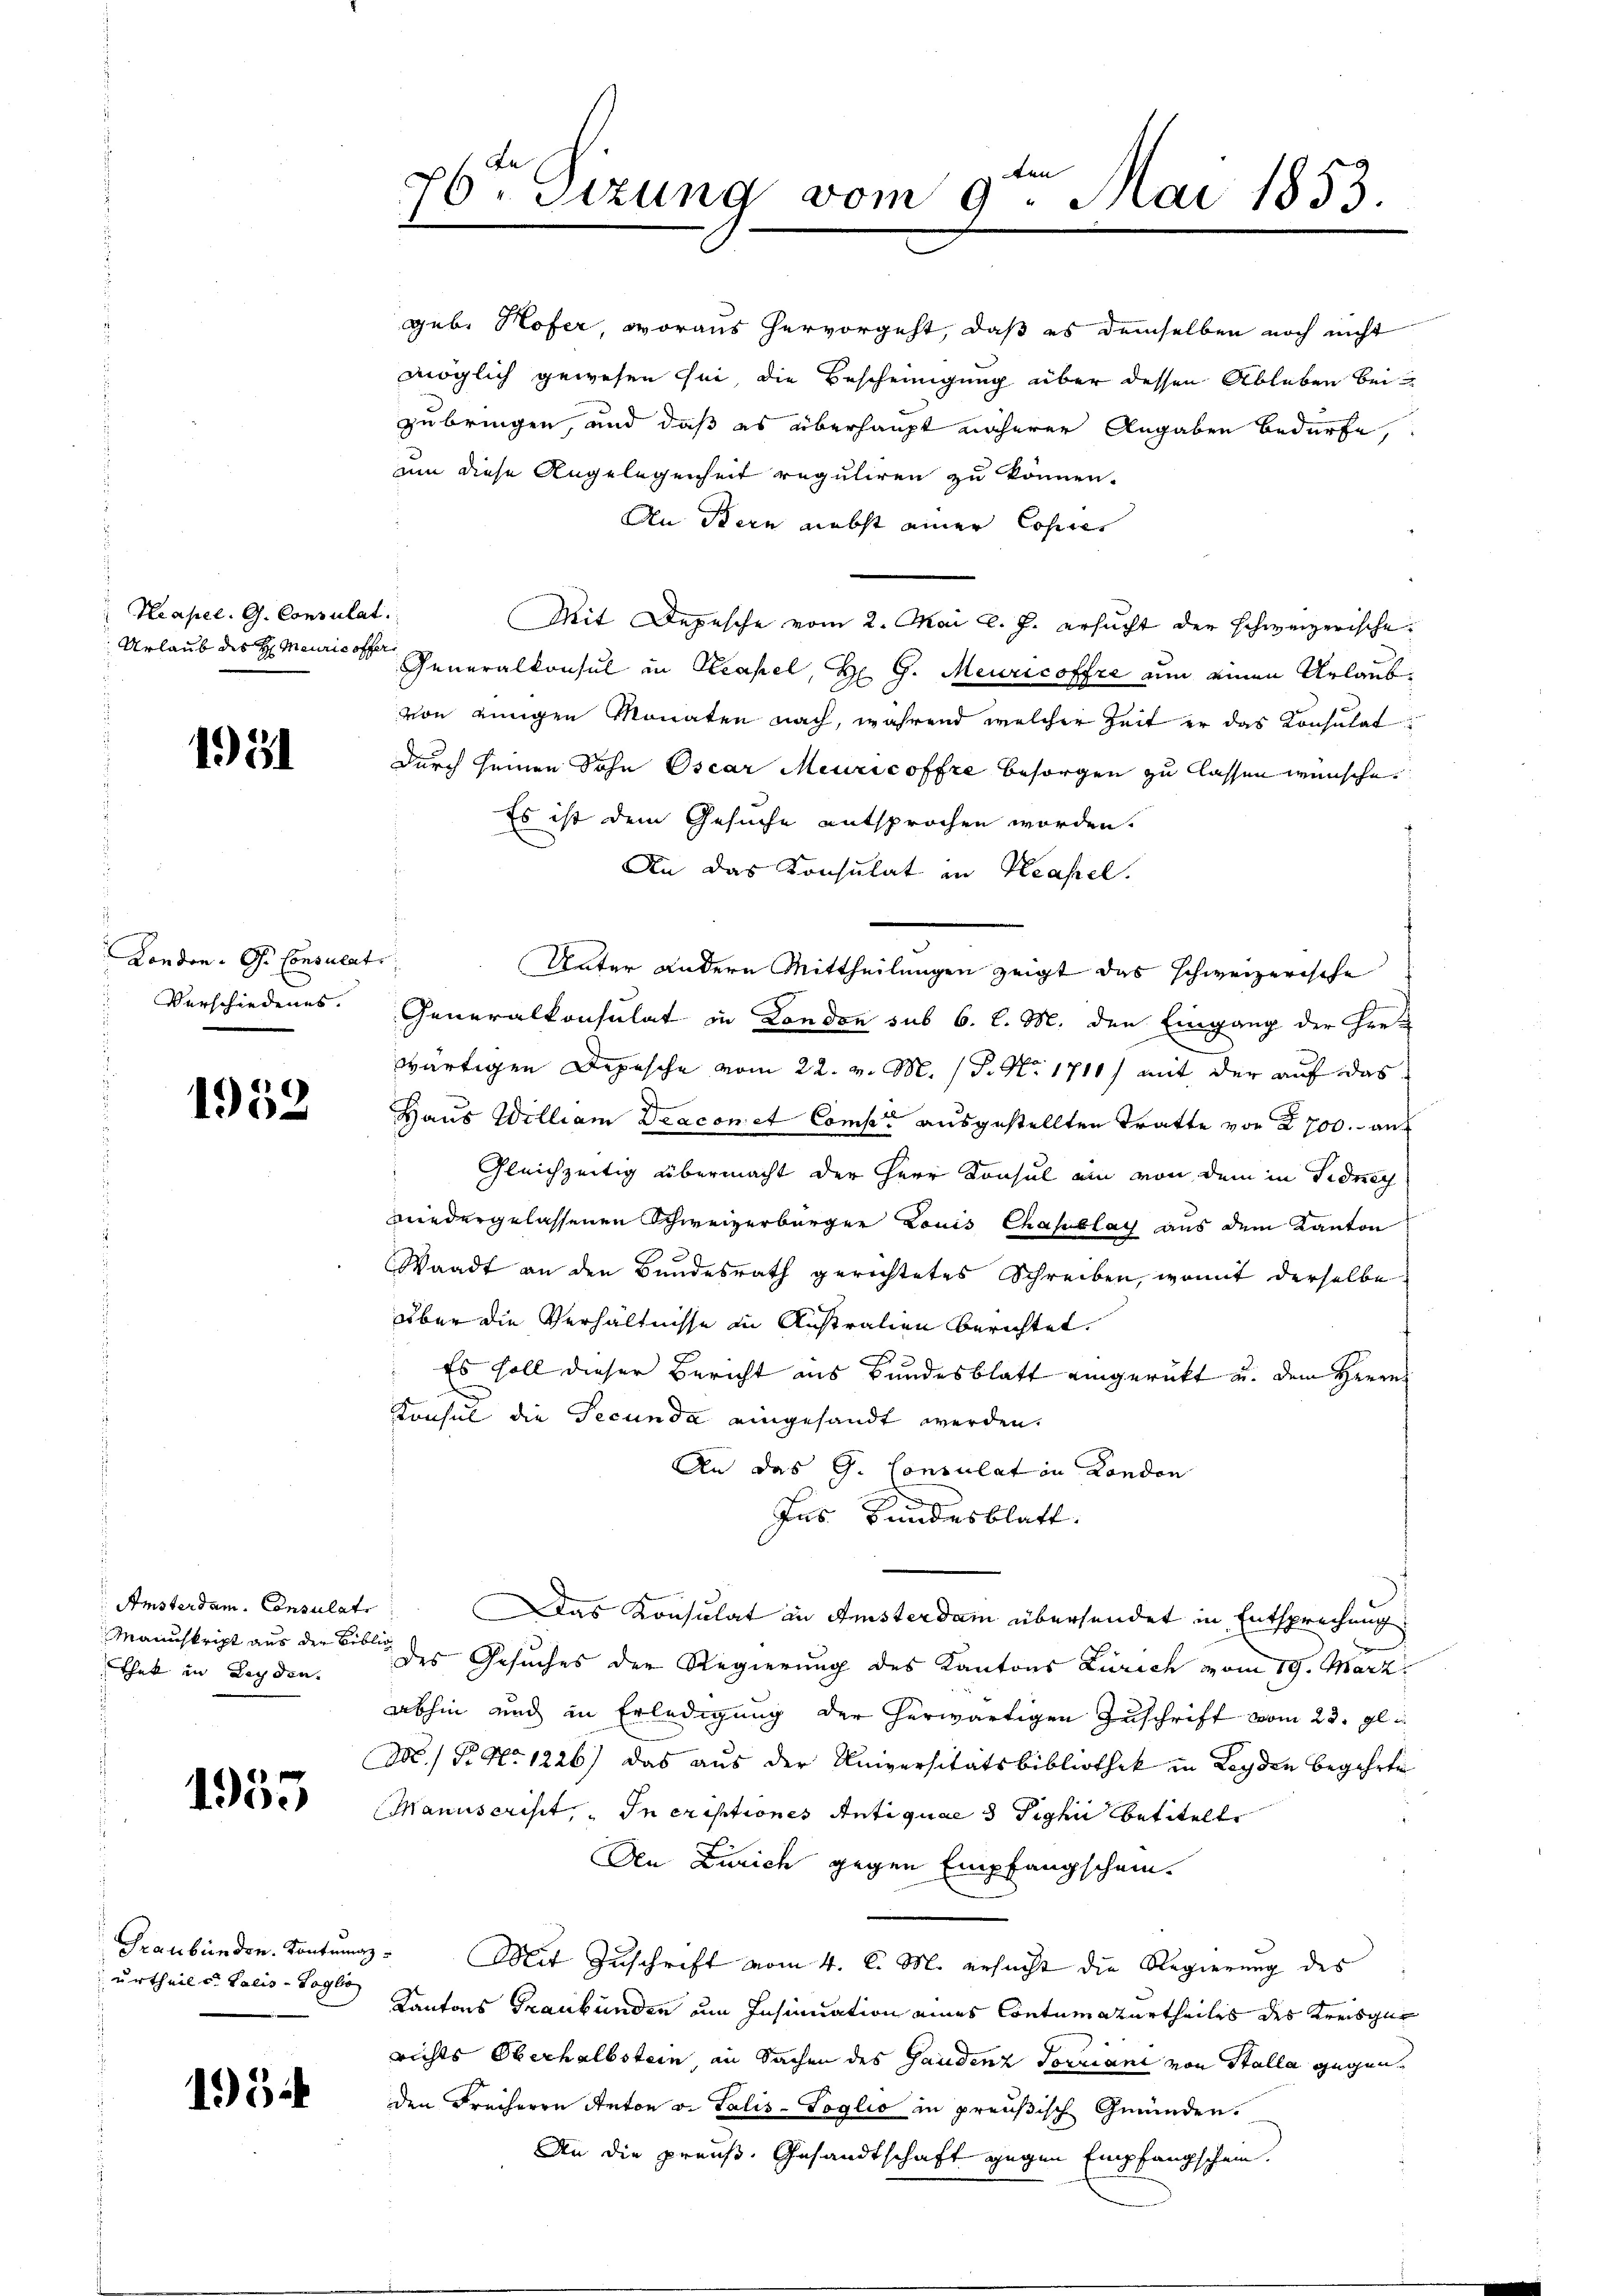
Neapel. G. Consula
Urlaub des H. Meuricoffer

1951

London. G. Consulat
Verschiedenes.

1953

Amsterdam. Consulat
Manuskript aus der Bibl.
That in Leyden.

1953

Graubünden. Kontum
urtheile. Palis-Soglio

195

ten
6ten Sizung vom 9. Mai 1853.
2

geb. Hofer, woraus hervorgeht, daß es demselben noch nicht
möglich gewesen sei, die Bescheinigung über dessen Ableben bei
zubringen, und daß es überhaupt näherer Angaben bedürfe,
um diese Angelegenheit reguliren zu können.
An Bern nebst einer Copie
l.
Mit Depesche vom 2. Mai l. J. ersucht der schweizerische
Generalkonsul in Strafel, H. G. Meuricoffre nun einen Urlaubvon einigen Monaten nach, während welcher Zeit er das Konsulat
durch seinen Sohn Oscar Meuricoffre besorgen zu lassen wünsche
Es ist dem Gesuche entsprochen worden.
An das Konsulat in Krassel.
Unter andere Mittheilungen zeigt das schweizerische
Generalkonsulat in London sub 6. l. M. den Eingang der Her-
wärtigen Depesche vom 22. v. M. (T. No 1710) mit der auf das
Haus William Diacon et Comp. ausgestellten Tratte von 2700.- auf
Gleichzeitig übermacht der Herr Konsul am von dem in Fidnech
wiedergelassenen Schweizerbürger Louis casablach aus dem Kanton
Waadt an den Bundesrath gerichtetes Schreiben, womit derselbe
über die Verhältnisse in Anstralien berichtet.
: Es soll dieser Bericht ins Bundesblatt eingerückt u. dem Herrn
e
Konsul die Secunda eingesandt werden.
An das G. Consulat in London
Jus Bundesblatt.
Das Konsulat in Ansterdam übersendet in Entsprechung
 des Gesuches der Regierung des Kantons Zürich vom 79. März
abhin und in Erledigung der herwärtigen Zuschrift vom 23. gl.
N./ P. Nr. 1226) das aus der Universitätsbibliothek in Leyden begehrte
Manuscrist, " In criptiones Antiquae 3 Tighi betitelt
Den Zürich gegen Empfangschein.
" Mit Zuschrift vom 4. d. M. ersucht die Regierung des
Kantons Graubünden um Insinuation eines Contumaturtheiles des Kreisge
richts Oberhalbstein in Sachen des Gaudenz Torriani von Stalla gegenden Freiherrn Anton v. Talis-Soglio in preußisch Gründen.
An die preuß. Gesandtschaft gegen Empfangschein.